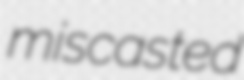
miscasted